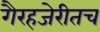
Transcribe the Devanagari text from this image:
गैरहजेरीतच